Indian journal of veterinary science and animal husbandry - Volumes 18-21, 1948-1951
Year: 1948
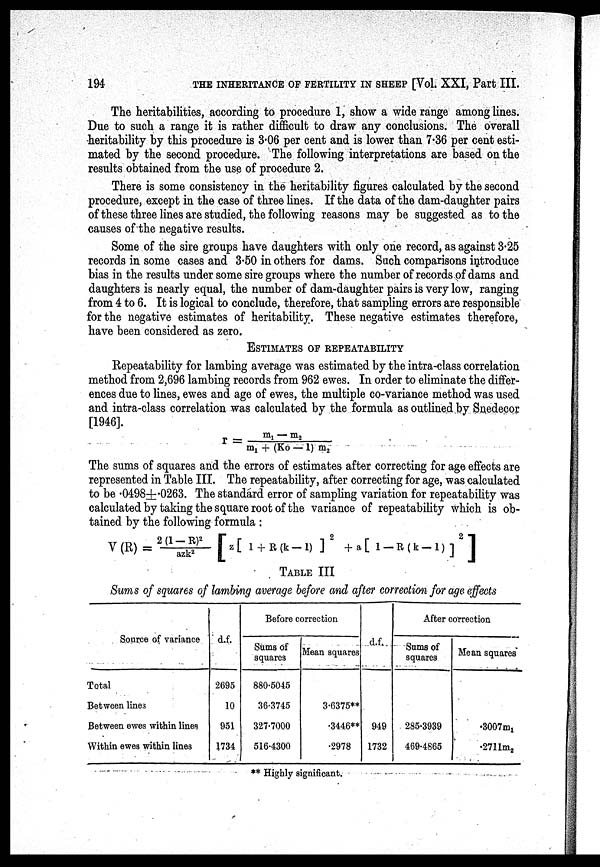
194
THE INHERITANCE OF FERTILITY IN SHEEP [Vol XXI, Part III.
The heritabilities, according to procedure 1, show a wide range among lines.
Due to such a range it is rather difficult to draw any conclusions. The overall
heritability by this procedure is 3.06 per cent and is lower than 7.36 per cent esti-
mated by the second procedure. The following interpretations are based on the
results obtained from the use of procedure 2.
There is some consistency in the heritability figures calculated by the second
procedure, except in the case of three lines. If the data of the dam-daughter pairs
of these three lines are studied, the following reasons may be suggested as to the
causes of the negative results.
Some of the sire groups have daughters with only one record, as against 3.25
records in some cases and 3.50 in others for dams. Such comparisons introduce
bias in the results under some sire groups where the number of records of dams and
daughters is nearly equal, the number of dam-daughter pairs is very low, ranging
from 4 to 6. It is logical to conclude, therefore, that sampling errors are responsible
for the negative estimates of heritability. These negative estimates therefore,
have been considered as zero.
ESTIMATES OF REPEATABILITY
Repeatability for lambing average was estimated by the intra-class correlation
method from 2,696 lambing records from 962 ewes. In order to eliminate the differ-
ences due to lines, ewes and age of ewes, the multiple co-variance method was used
and intra-class correlation was calculated by the formula as outlined by Snedecor
[1946].
r = m 1 — m 2 / m 1 + (Ko — 1) m 2
The sums of squares and the errors of estimates after correcting for age effects are
represented in Table III. The repeatability, after correcting for age, was calculated
to be .0498±.0263. The standard error of sampling variation for repeatability was
calculated by taking the square root of the variance of repeatability which is ob-
tained by the following formula :
V (R) = 2(1—R) 2 /azk 2 [ z [1 + R (k-1) ] 2 + a [ 1-R (k-1)] 2 ]
TABLE III
Sums of squares of lambing average before and after correction for age effects
Source of variance
Total
Between lines
Between ewes within lines
Within ewes within lines
d.f.
2695
10
951
1734
Before correction
Sums of
squares
880.5045
36.3745
327.7000
516.4300
Mean squares
3.6375**
.3446**
.2978
d.f.
949
1732
After correction
Sums of
squares
285.3939
469.4865
Mean squares
.3007m 1
.2711m 2
**Highly significant.